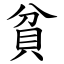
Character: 貧